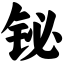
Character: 铋